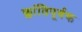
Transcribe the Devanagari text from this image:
क्लांतिपूर्वक